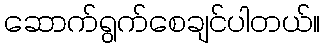
ဆောက်ရွက်စေချင်ပါတယ်။